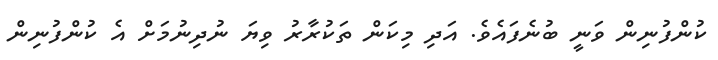
ކުންފުނިން ވަނީ ބުނެފައެވެ. އަދި މިކަން ތަކުރާރު ވިޔަ ނުދިނުމަށް އެ ކުންފުނިން